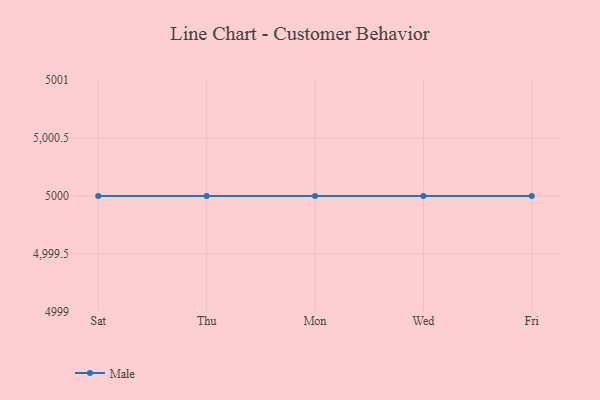
{"axis": {"x": "Day", "y": "Website Visitors"}, "legend": ["Male"], "data": [{"x": "Sat", "y": 5000, "type": "Male"}, {"x": "Thu", "y": 5000, "type": "Male"}, {"x": "Mon", "y": 5000, "type": "Male"}, {"x": "Wed", "y": 5000, "type": "Male"}, {"x": "Fri", "y": 5000, "type": "Male"}]}